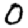
Digit: 0